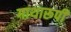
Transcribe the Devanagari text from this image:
गाथारूपी